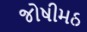
જોષીમઠ